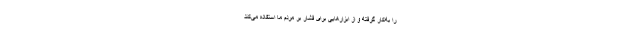
را به‌کار گرفته و از ابزارهایی برای فشار بر مردم ما استفاده می‌کند